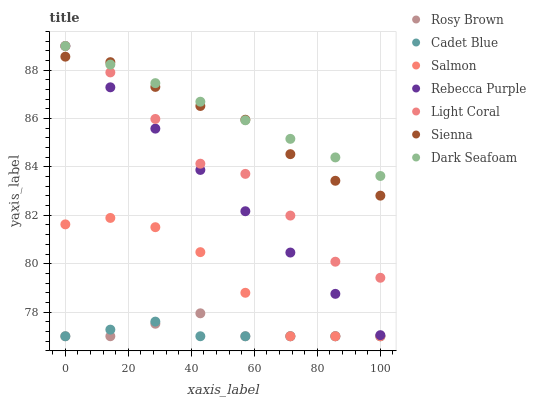
| xaxis_label | Rosy Brown | Cadet Blue | Salmon | Rebecca Purple | Light Coral | Sienna | Dark Seafoam |
 | --- | --- | --- | --- | --- | --- | --- | --- |
 | 0 | 77 | 77 | 81.6 | 89 | 89 | 88.6 | 89 |
 | 14.3 | 77 | 77.3 | 81.9 | 87.3 | 87.9 | 88.3 | 88.2 |
 | 28.6 | 77.5 | 77.6 | 81.5 | 85.6 | 86 | 87.3 | 87.5 |
 | 42.9 | 77.9 | 77 | 80.5 | 83.9 | 84.1 | 86.5 | 86.7 |
 | 57.1 | 77 | 77 | 78.8 | 82.2 | 83.7 | 86 | 85.9 |
 | 71.4 | 77 | 77 | 77 | 80.5 | 82 | 84.5 | 85.2 |
 | 85.7 | 77 | 77 | 77 | 78.8 | 80.1 | 83.4 | 84.4 |
 | 100 | 77 | 77 | 77 | 77 | 79.4 | 82.8 | 83.6 |